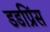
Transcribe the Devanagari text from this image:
डडप्रिंस